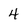
Character: 4